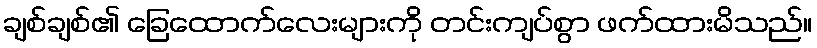
ချစ်ချစ်၏ ခြေထောက်လေးများကို တင်းကျပ်စွာ ဖက်ထားမိသည်။